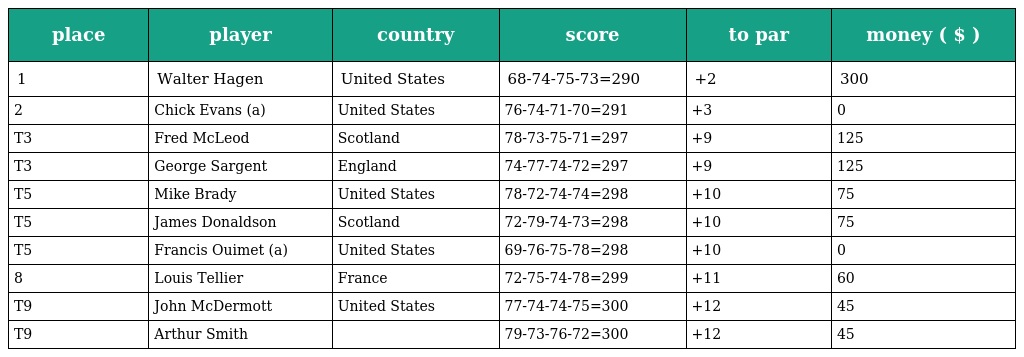
| place | player | country | score | to par | money ( $ ) |
 | --- | --- | --- | --- | --- | --- |
 | 1 | Walter Hagen | United States | 68-74-75-73=290 | +2 | 300 |
 | 2 | Chick Evans (a) | United States | 76-74-71-70=291 | +3 | 0 |
 | T3 | Fred McLeod | Scotland | 78-73-75-71=297 | +9 | 125 |
 | T3 | George Sargent | England | 74-77-74-72=297 | +9 | 125 |
 | T5 | Mike Brady | United States | 78-72-74-74=298 | +10 | 75 |
 | T5 | James Donaldson | Scotland | 72-79-74-73=298 | +10 | 75 |
 | T5 | Francis Ouimet (a) | United States | 69-76-75-78=298 | +10 | 0 |
 | 8 | Louis Tellier | France | 72-75-74-78=299 | +11 | 60 |
 | T9 | John McDermott | United States | 77-74-74-75=300 | +12 | 45 |
 | T9 | Arthur Smith |  | 79-73-76-72=300 | +12 | 45 |